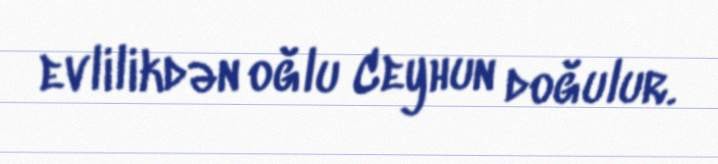
evlilikdən oğlu Ceyhun doğulur.